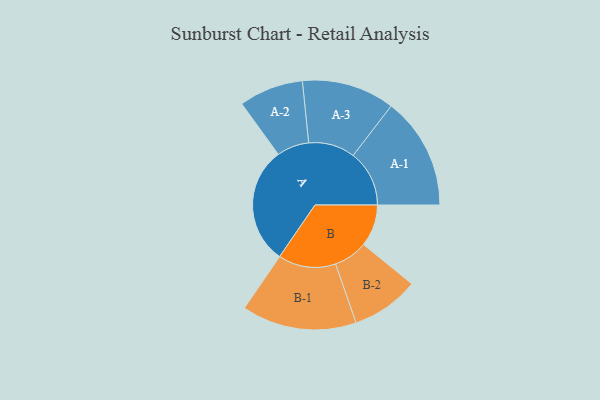
{"axis": {"x": "Segment", "y": "Value"}, "legend": ["", "A", "B"], "data": [{"x": "A", "y": 437, "type": ""}, {"x": "B", "y": 156, "type": ""}, {"x": "A-1", "y": 209, "type": "A"}, {"x": "A-2", "y": 120, "type": "A"}, {"x": "A-3", "y": 173, "type": "A"}, {"x": "B-1", "y": 214, "type": "B"}, {"x": "B-2", "y": 126, "type": "B"}]}